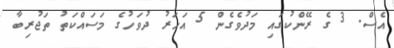
އެސް. 3 ގެ ރޭންކުގައި މަދުވެގެން 5 އަހަރު ދުވަހުގެ މަސައްކަތު ތަޖުރިބާ